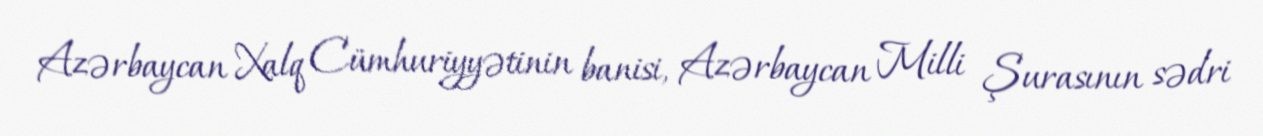
Azərbaycan Xalq Cümhuriyyətinin banisi, Azərbaycan Milli Şurasının sədri